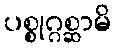
ပစ္စုဂ္ဂစ္ဆာမိ